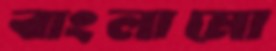
বাংলামো